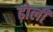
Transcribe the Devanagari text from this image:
ढ़ोली